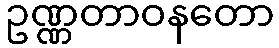
ဥဏ္ဏတာဝနတော